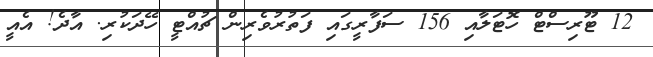
12 ޓޫރިސްޓް ހޮޓަލާއި 156 ސަފާރީގައި ފަތުރުވެރިން ޗުއްޓީ ހޭދަކުރި. އާދެ! އެއީ